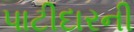
પાટીદારની